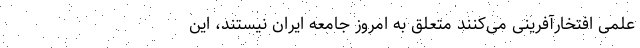
علمی افتخارآفرینی می‌کنند متعلق به امروز جامعه ایران نیستند، این